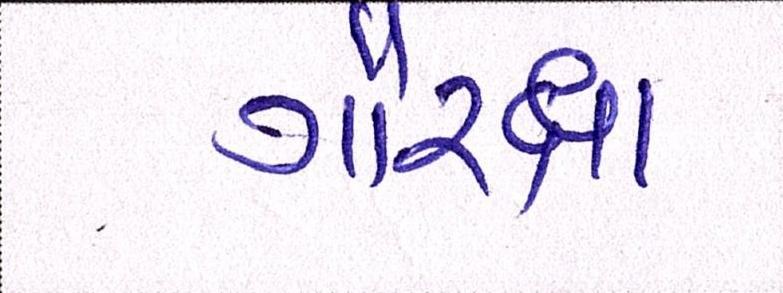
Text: ગૌરક્ષા